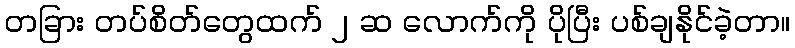
တခြား တပ်စိတ်တွေထက် ၂ ဆ လောက်ကို ပိုပြီး ပစ်ချနိုင်ခဲ့တာ။